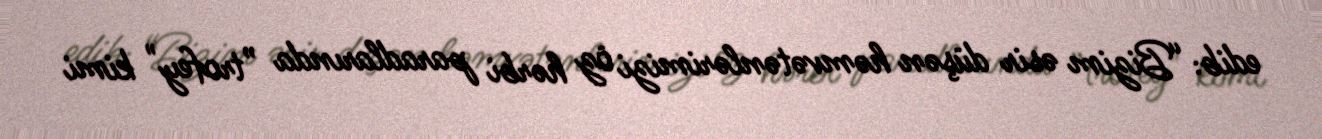
edib: “Bizim əsir düşən həmvətənlərimizi öz hərbi paradlarında ”trofey" kimi